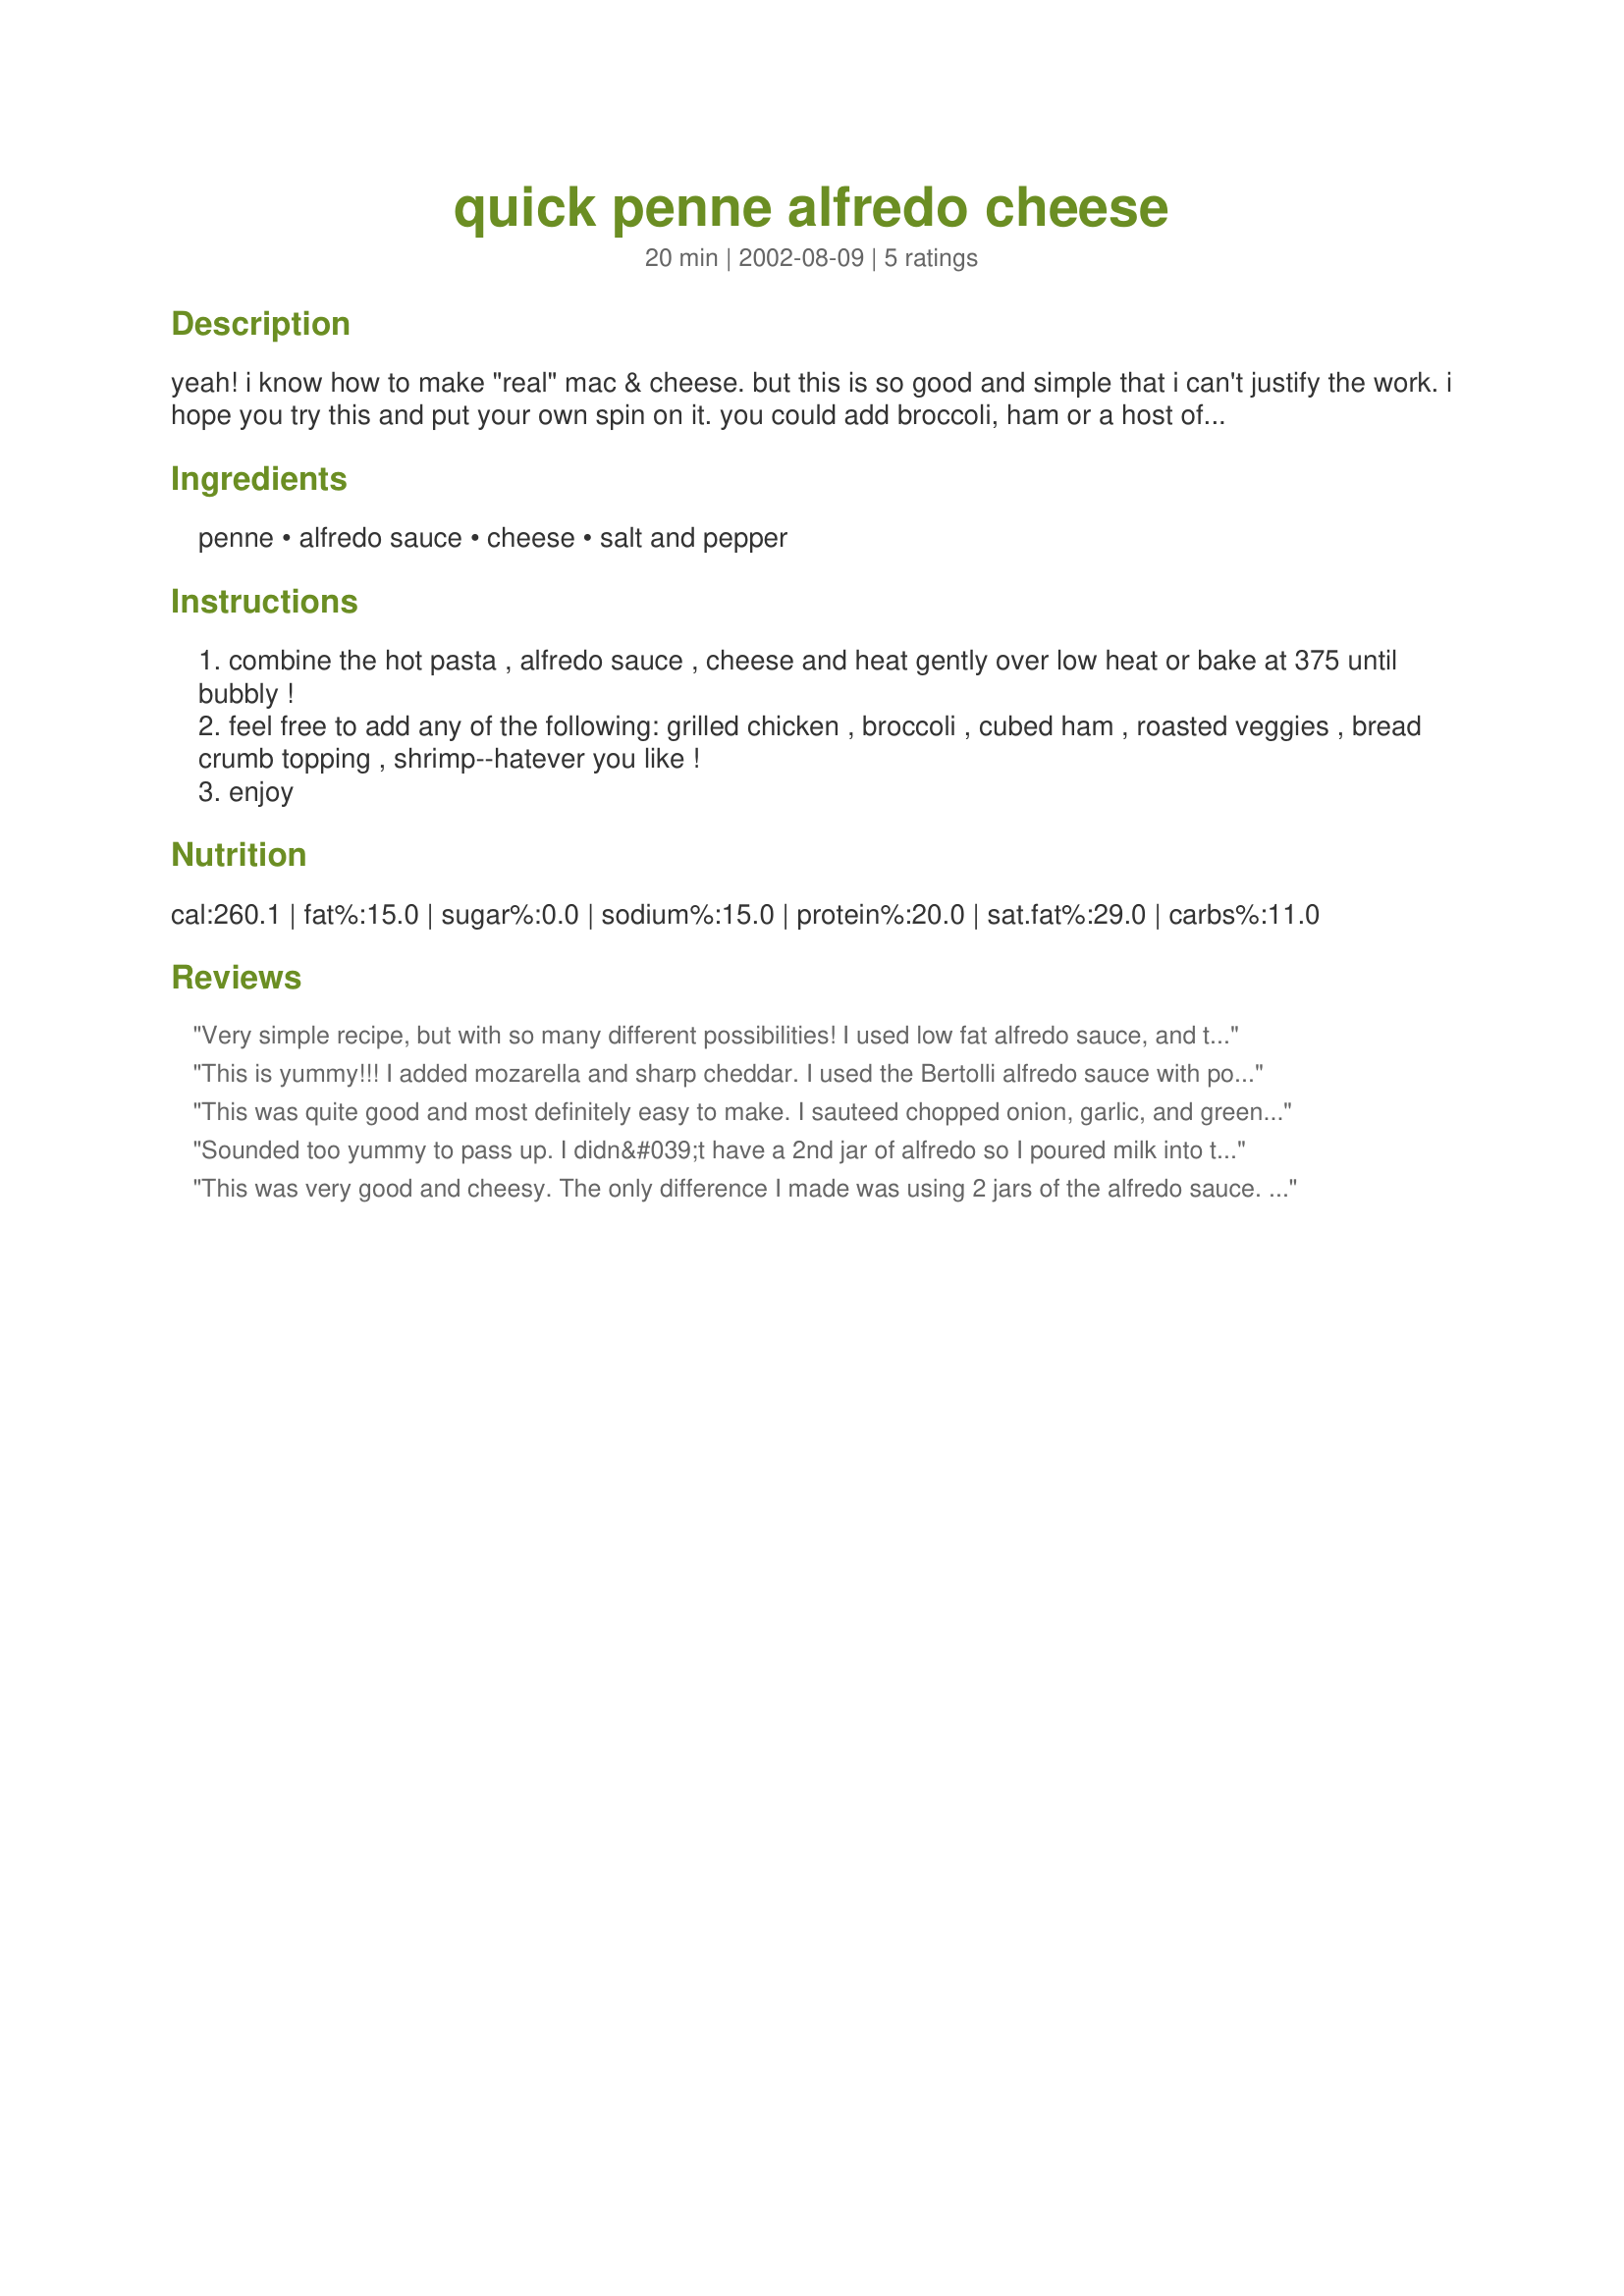
quick penne alfredo cheese
Preparation time: 20 minutes

yeah! i know how to make "real" mac & cheese. but this is so good and simple that i can't justify the work. i hope you try this and put your own spin on it. you could add broccoli, ham or a host of other goodies!

Ingredients:
penne, alfredo sauce, cheese, salt and pepper

Steps:
combine the hot pasta , alfredo sauce , cheese and heat gently over low heat or bake at 375 until bubbly !
feel free to add any of the following: grilled chicken , broccoli , cubed ham , roasted veggies , bread crumb topping , shrimp--hatever you like !
enjoy

Reviews:
Very simple recipe, but with so many different possibilities! I used low fat alfredo sauce, and then threw in sauteed onion and fresh minced garlic, broccoli, parsley, and grilled chicken. I used mozzarella and cheddar cheese because that's what I had on hand. I'm looking forward to leftovers for lunch!
This is yummy!!! I added mozarella and sharp cheddar. I used the Bertolli alfredo sauce with portabello mushrooms. I put it into a baking dish, topped with a quick mixture of bread crumbs, italian seasoning, and freshly-grated parmesan cheese mixed with a touch of olive oil which made a nice crumb topping. This is a definite keeper!
This was quite good and most definitely easy to make. I sauteed chopped onion, garlic, and green pepper first then added the alfredo sauce and shredded cheese. While pasta was cooking I added frozen chopped brocoli (thawed). Then right before baking I added crushed golden crackers. This definitely will be made again, maybe adding some cubed ham.
Sounded too yummy to pass up. I didn&#039;t have a 2nd jar of alfredo so I poured milk into the jar about half full, shook it up and filled the rest of the casserole dish. I also added garlic powder, salt and pepper to the alfredo jar, and shook it up before pouring on the noodles. It&#039;s been baking about 40 minutes and is good and crispy. I can&#039;t wait to make it in a crockpot to take as a side-dish for holiday gatherings.
This was very good and cheesy. The only difference I made was using 2 jars of the alfredo sauce. Thank you for sharing.
